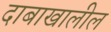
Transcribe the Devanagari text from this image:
दाबाखालील